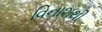
વિનાશથી